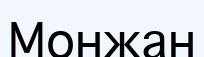
Монжан